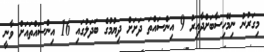
މިގަރުނު ނިމޭހިސާބަށްދާއިރު 9 އިންސައްތަ ދަށަށް ދިޔުމުގެ ބަދަލުގައި 16 އިންސައްތައަށް ވާނީ